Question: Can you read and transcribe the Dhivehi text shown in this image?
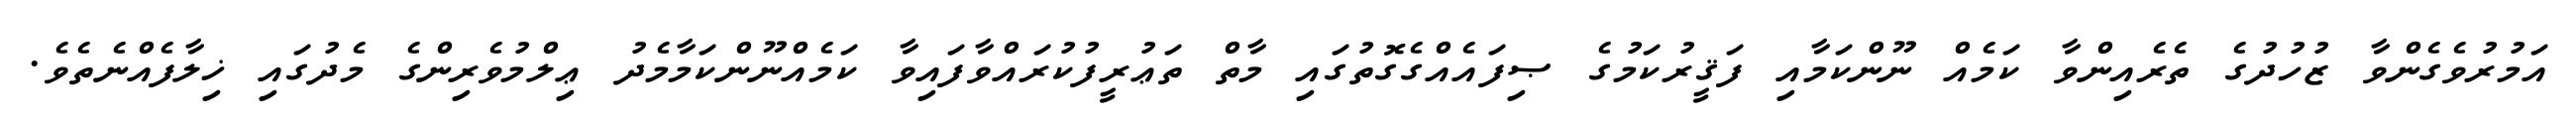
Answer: އަމުރުވެގެންވާ ޒުހުދުގެ ތެރެއިންވާ ކަމެއް ނޫންކަމާއި ފަޤީރުކަމުގެ ޞިފައެއްގެގޮތުގައި މާތް ތަޢުރީފުކުރައްވާފައިވާ ކަމެއްނޫންކަމާމެދު ޢިލްމުވެރިންގެ މެދުގައި ޚިލާފެއްނެތެވެ.